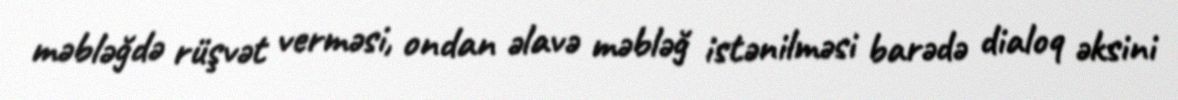
məbləğdə rüşvət verməsi, ondan əlavə məbləğ istənilməsi barədə dialoq əksini